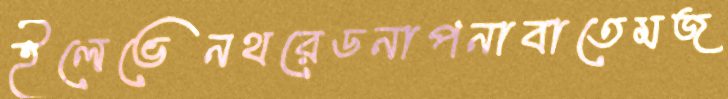
ইলেভেনথরেডনাপনাবাতেমজ